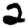
Digit: 2